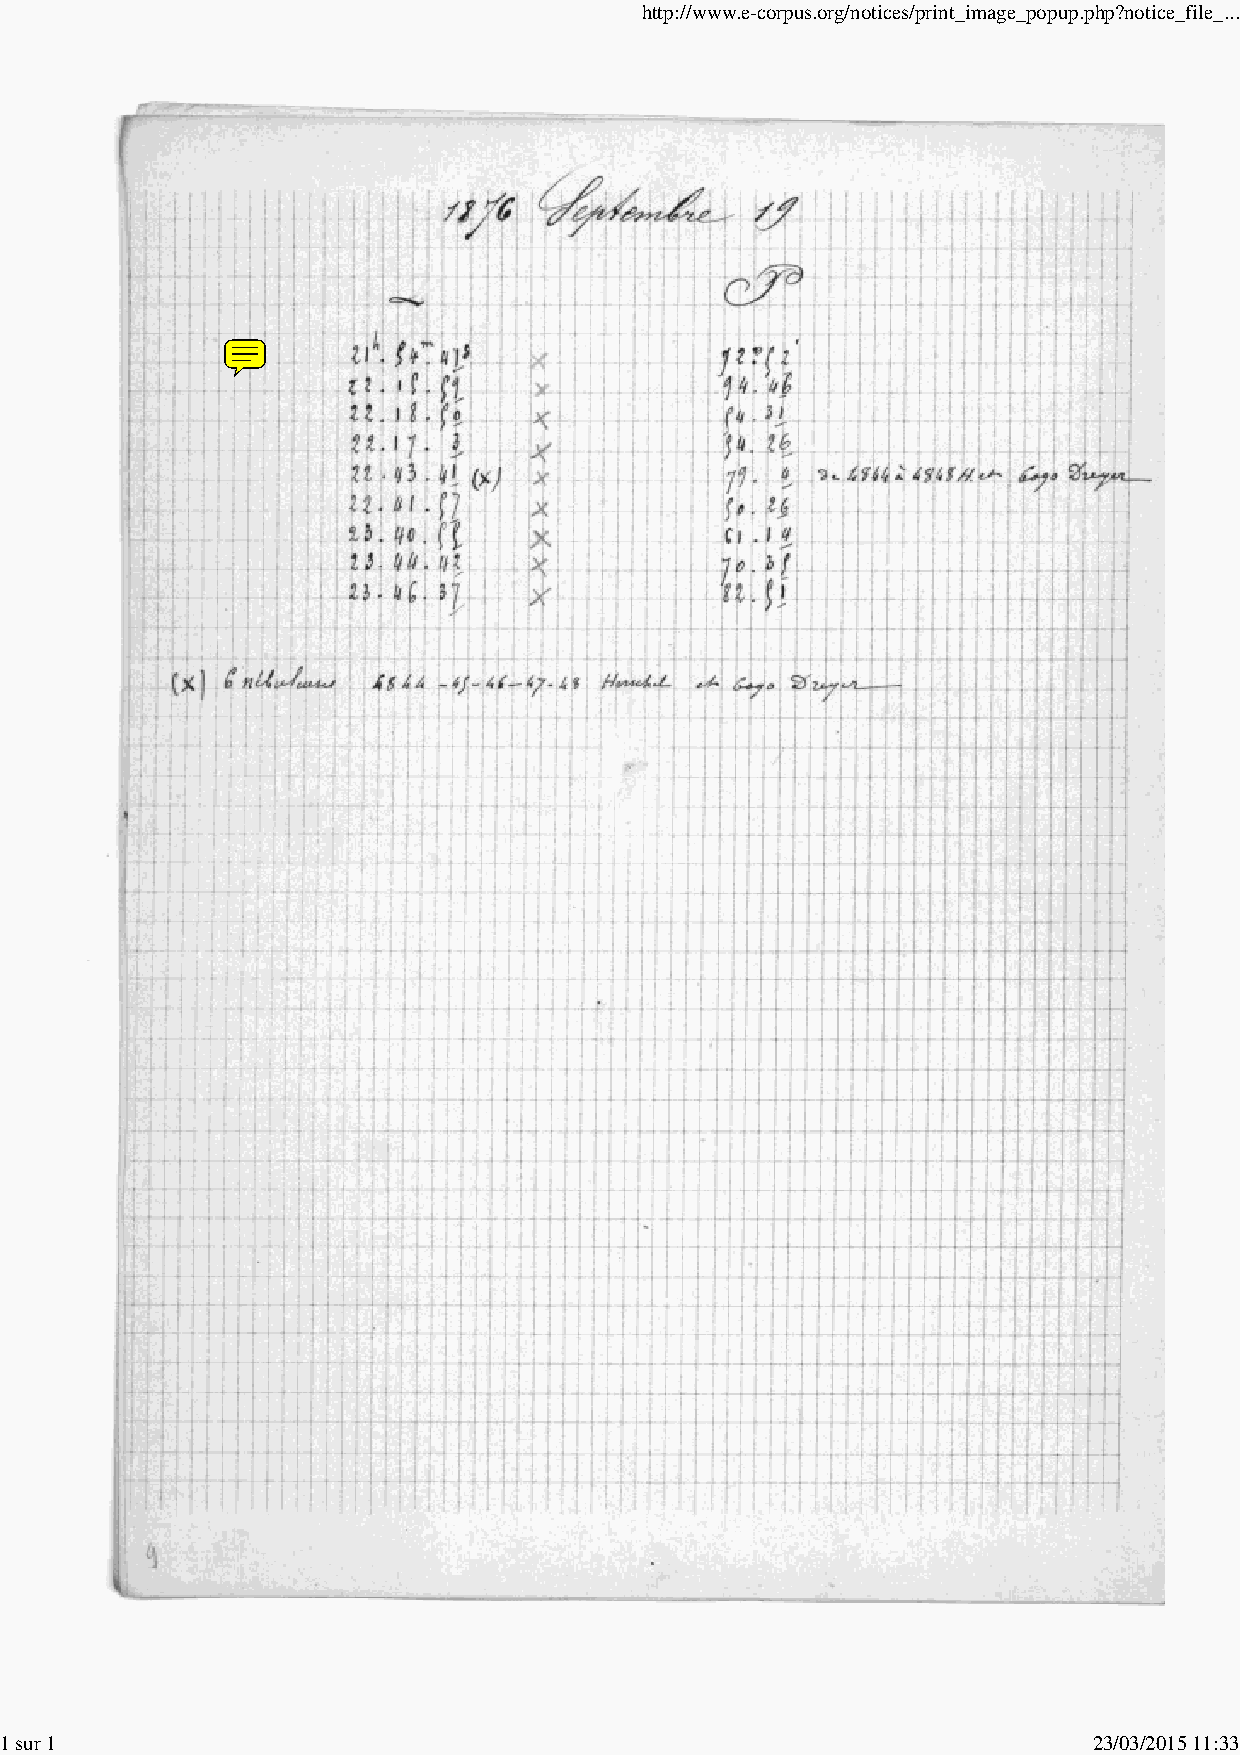
http://www.e-corpus.org/notices/print_image_popup.php?notice_file_...
 1 sur 1                                                                 23/03/2015 11:33